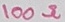
Text: 100Ω